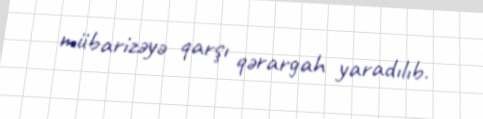
mübarizəyə qarşı qərargah yaradılıb.